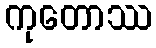
ကုတောဿ